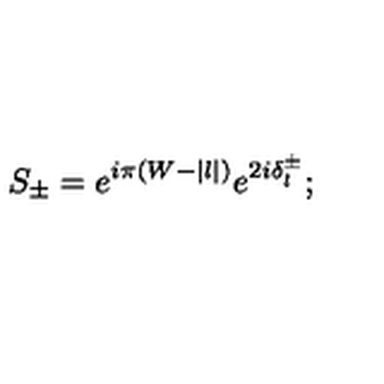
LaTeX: S _ { \pm } = e ^ { i \pi ( W - | l | ) } e ^ { 2 i \delta _ { l } ^ { \pm } } ;